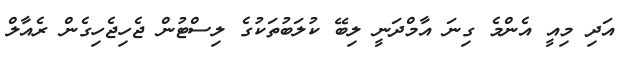
އަދި މިއީ އެންމެ ގިނަ އާމްދަނީ ލިބޭ ކުލަބުތަކުގެ ލިސްޓުން ޖެހިޖެހިގެން ރެއާލް